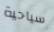
سياحية